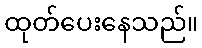
ထုတ်ပေးနေသည်။